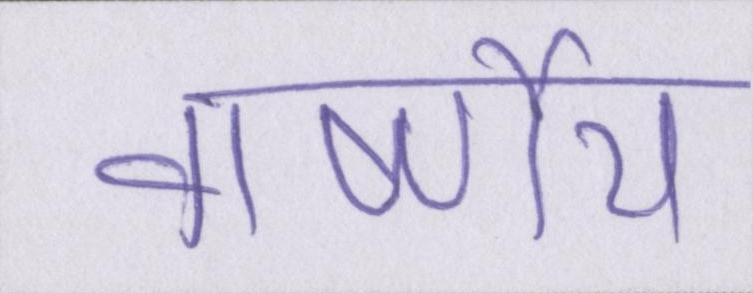
वार्ष्णेय